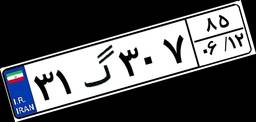
۳۱گ۳۰۷۸۵